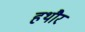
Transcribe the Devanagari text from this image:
हथौर